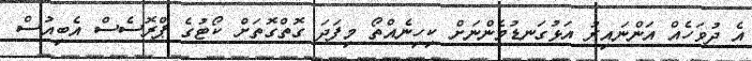
އެ ދުވަހެއް އަންނައިރު އަޅުގަނޑުމެންނަށް ކިހިނެއްތޯ މިފަދަ ގޮތްގޮތަށް ކޯޓުގެ ޕްރޮސެސް އެބިއުސް